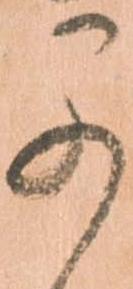
早